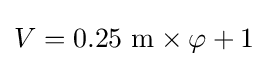
V=0.25\ \mathrm {m} \times \varphi +1